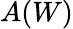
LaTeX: A(W)